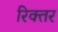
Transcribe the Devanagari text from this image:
रिक्तर